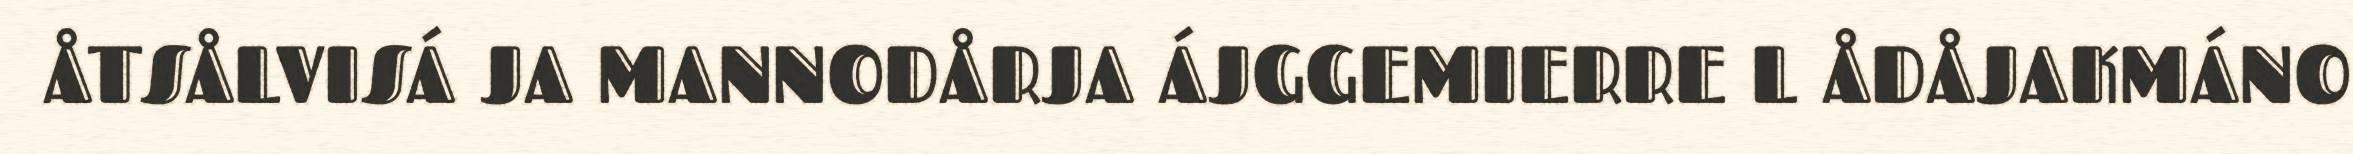
ÅTSÅLVISÁ JA MANNODÅRJA ÁJGGEMIERRE L ÅDÅJAKMÁNO